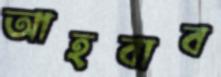
আহবাব